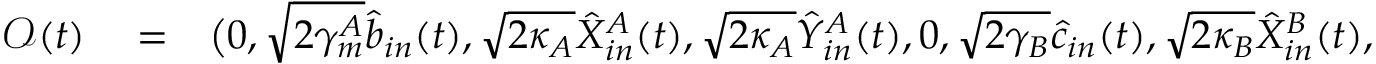
\begin{array} { r l r } { \mathcal { O } ( t ) } & { { } = } & { \big ( 0 , \sqrt { 2 \gamma _ { m } ^ { A } } \hat { b } _ { i n } ( t ) , \sqrt { 2 \kappa _ { A } } \hat { X } _ { i n } ^ { A } ( t ) , \sqrt { 2 \kappa _ { A } } \hat { Y } _ { i n } ^ { A } ( t ) , 0 , \sqrt { 2 \gamma _ { B } } \hat { c } _ { i n } ( t ) , \sqrt { 2 \kappa _ { B } } \hat { X } _ { i n } ^ { B } ( t ) , \sqrt { 2 \kappa _ { B } } \hat { Y } _ { i n } ^ { B } ( t ) \big ) ^ { T } . } \end{array}